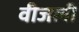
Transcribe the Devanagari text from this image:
वीजली